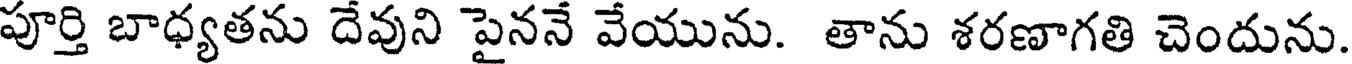
పూర్తి బాధ్యతను దేవుని పైననే వేయును. తాను శరణాగతి చెందును